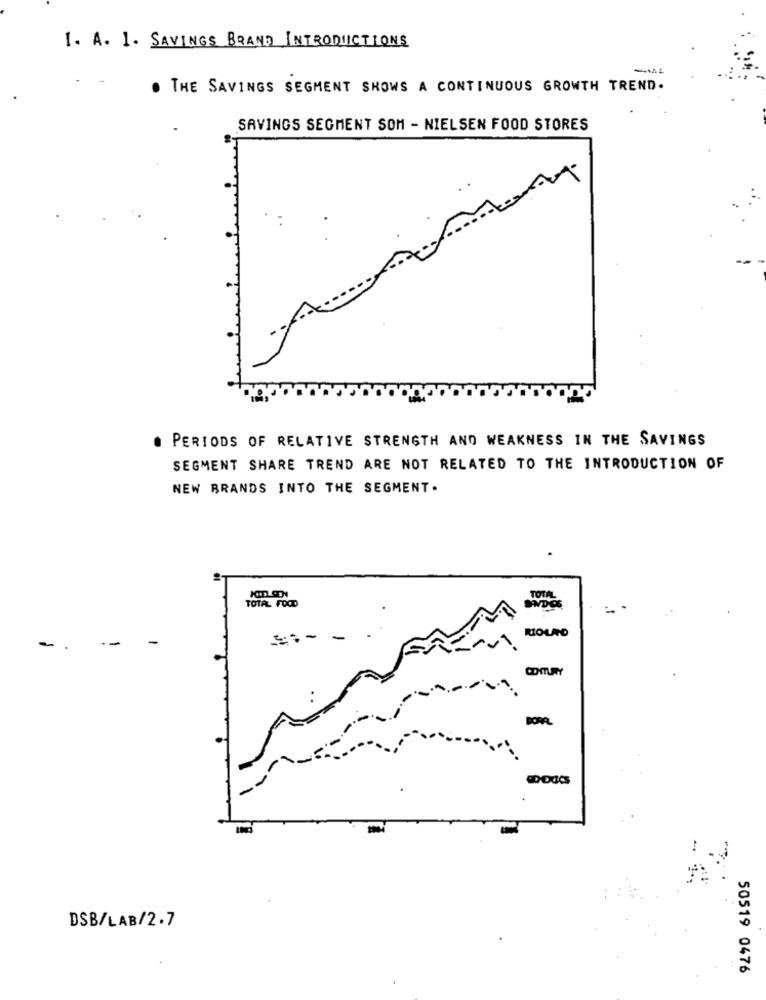
1. A. 1. SAVINGS BRAND INTRODUCTIONS
THE SAVINGS SEGMENT SHOWS A CONTINUOUS GROWTH TREND.
SAVINGS SEGMENT SOM - NIELSEN FOOD STORES
PERIODS OF RELATIVE STRENGTH AND WEAKNESS IN THE SAVINGS
SEGMENT SHARE TREND ARE NOT RELATED TO THE INTRODUCTION OF
NEW BRANDS INTO THE SEGMENT .
TOTAL FOOD
RIOLRO
--
- -
PORR
DSB/LAB/2.7
50519 0476